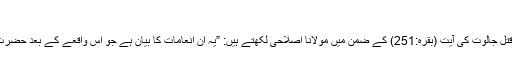
“
سورۂ بقرہ میں قتلِ جالوت کی آیت (بقرہ:251) کے ضمن میں مولانا اصلاحی لکھتے ہیں: ”یہ ان انعامات کا بیان ہے جو اس واقعے کے بعد حضرت داؤد پر ہوئے۔